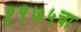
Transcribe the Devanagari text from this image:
१९७५चा